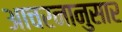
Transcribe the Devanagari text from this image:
आचरनानुसार